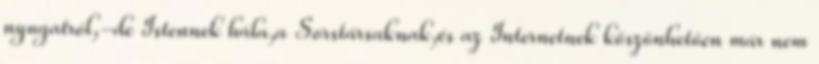
nyugatról,-de Istennek hála,a Sorstársaknak,és az Internetnek köszönhetően már nem